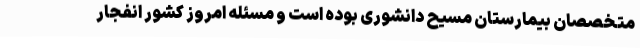
متخصصان بیمارستان مسیح‌ دانشوری بوده است و مسئله امروز کشور انفجار